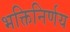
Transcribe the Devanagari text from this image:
भक्तिनिर्णय